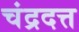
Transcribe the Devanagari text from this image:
चंद्रदत्त